Vaccination North-Western Provinces and Oudh 1896-1901 - 1896-1901
Year: 1896
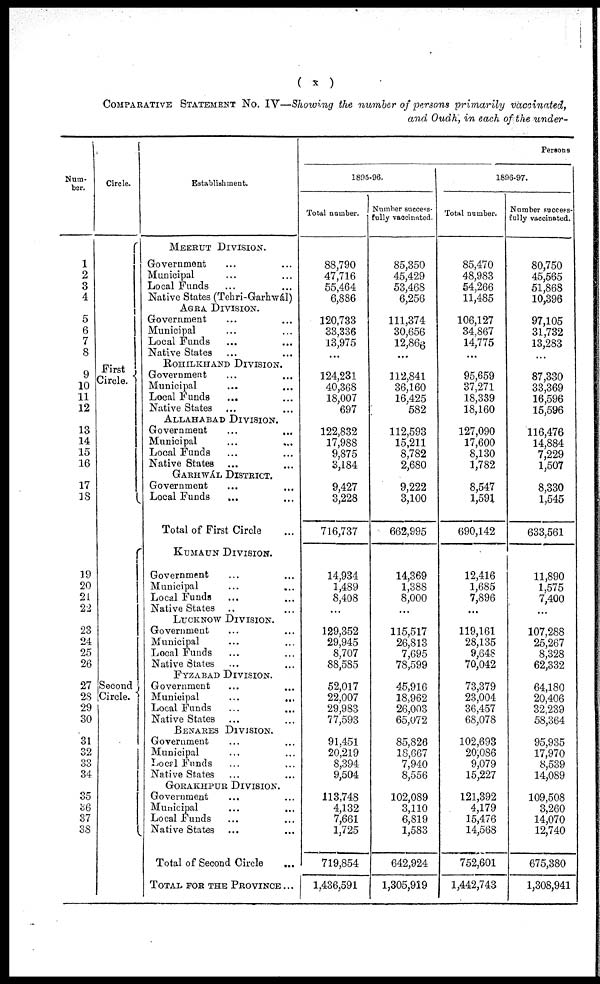
( x )
COMPARATIVE STATEMENT No. IV—Showing the number of persons primarily vaccinated,
and Oudh, in each of the under¬
Num-
ber.
1
2
3
4
5
6
7
8
9
10
11
12
13
14
15
16
17
18
19
20
21
22
23
24
25
26
27
28
29
30
31
32
33
34
35
36
37
38
Circle.
First
Circle.
Second
Circle.
Establishment.
MEERUT DIVISION.
Government ... ...
Municipal ... ...
Local Funds ... ...
Native States (Tehri-Garhwál)
AGRA DIVISION.
Government ...
Municipal ...
Local Funds ...
Native States ... ...
ROHILKHAND DIVISION.
Government ... ...
Municipal ... ...
Local Funds
...
Native States ... ...
ALLAHABAD DIVISION.
Government ... ...
Municipal ... ...
Local Funds ... ...
Native States ... ...
GARHWÁL DISTRICT.
Government ...
Local Funds ... ...
Total of First Circle ...
KUMAUN DIVISION.
Government ... ...
Municipal ... ...
Local Funds ... ...
Native States ... ...
LUCKNOW DIVISION.
Government ... ...
Municipal ... ...
Local Funds ... ...
Native States ... ...
FYZABAD DIVISION.
Government ... ...
Municipal
...
...
Local Funds ... ...
Native States ... ...
BENARES DIVISION.
Government ... ...
Municipal ... ...
Local Funds ... ...
Native States ... ...
GORAKHPUR DIVISION.
Government ... ...
Municipal ... ...
Local Funds ... ...
Native States ... ...
Total of Second Circle ...
TOTAL FOR THE PROVINCE ...
Persons
1805-96.
Total number.
88,790
47,716
55,464
6,886
120,733
33,336
13,975
...
124,231
40,368
18,007
697
122,832
17,988
9,875
3,184
9,427
3,228
716,737
14,934
1,489
8,408
...
129,352
29,945
8,707
88,585
52,017
22,007
29,983
77,593
91,451
20,219
8,394
9,504
113,748
4,132
7,661
1,725
719,854
1,436,591
Number success-
fully vaccinated.
85,350
45,429
53,468
6,256
111,374
30,656
12,866
...
112,841
36,160
16,425
582
112,593
15,211
8,782
2,680
9,222
3,100
662,995
14,369
1,388
8,000
...
115,517
26,813
7,695
78,599
45,916
18,962
26,003
65,072
85,826
18,667
7,940
8,556
102,089
3,110
6,819
1,583
642,924
1,305,919
1896-97.
Total number.
85,470
48,983
54,266
11,485
106,127
34,867
14,775
...
95,659
37,271
18,339
18,160
127,090
17,600
8,130
1,782
8,547
1,591
690,142
12,416
1,685
7,896
...
119,161
28,135
9,648
70,042
73,379
23,004
36,457
68,078
102,693
20,086
9,079
15,227
121,392
4,179
15,476
14,568
752,601
1,442,743
Number success-
fully vaccinated.
80,750
45,565
51,868
10,396
97,105
31,732
13,283
...
87,330
33,369
16,596
15,596
116,476
14,884
7,229
1,507
8,330
1,545
633,561
11,890
1,575
7,400
...
107,288
25,267
8,328
62,332
64,180
20,406
32,239
58,364
95,935
17,970
8,539
14,089
109,508
3,260
14,070
12,740
675,380
1,308,941